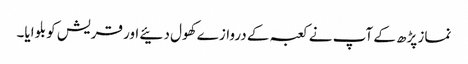
نماز پڑھ کے آپ نے کعبہ کے دروازے کھول دئیے اور قریش کو بلوایا۔